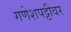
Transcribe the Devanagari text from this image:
गणेशपट्टीवर